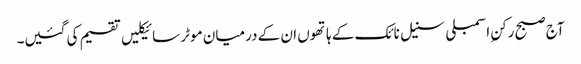
آج صبح رکنِ اسمبلی سنیل نائک کے ہاتھوں ان کے درمیان موٹر سائیکلیں تقسیم کی گئیں۔